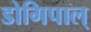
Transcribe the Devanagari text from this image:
डोगिपाल्